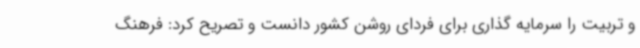
و تربیت را سرمایه گذاری برای فردای روشن کشور دانست و تصریح کرد: فرهنگ